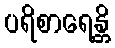
ပရိစာရေန္တိ